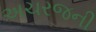
અચરજની